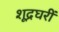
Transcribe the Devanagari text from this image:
शूद्रघरीं